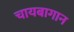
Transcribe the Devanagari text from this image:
चायबागान